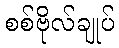
စစ်ဗိုလ်ချုပ်